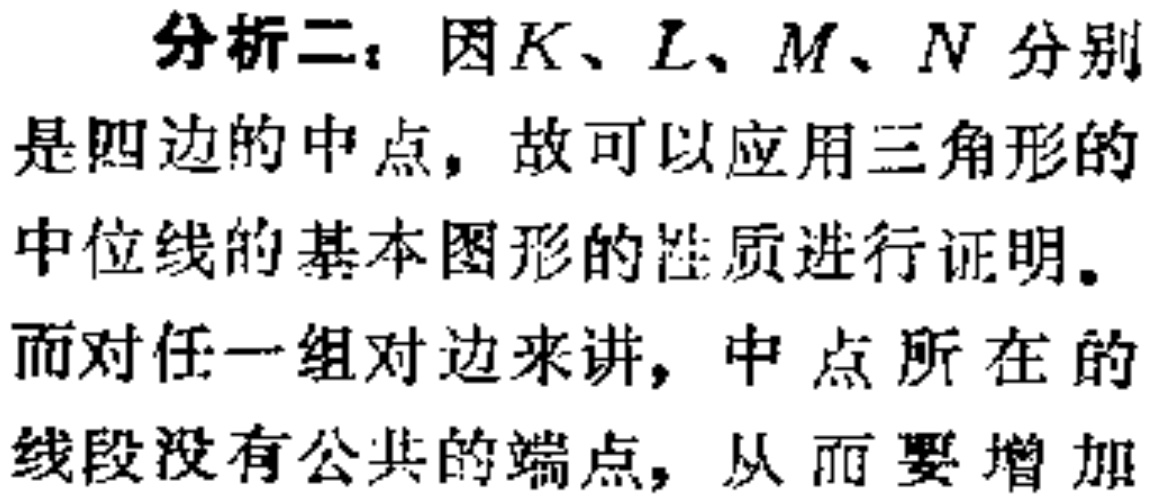
分析二：因\(K、L、M、N\)分别是四边的中点，故可以应用三角形的中位线的基本图形的性质进行证明。
而对任一组对边来讲，中点所在的线段没有公共的端点，从而要增加